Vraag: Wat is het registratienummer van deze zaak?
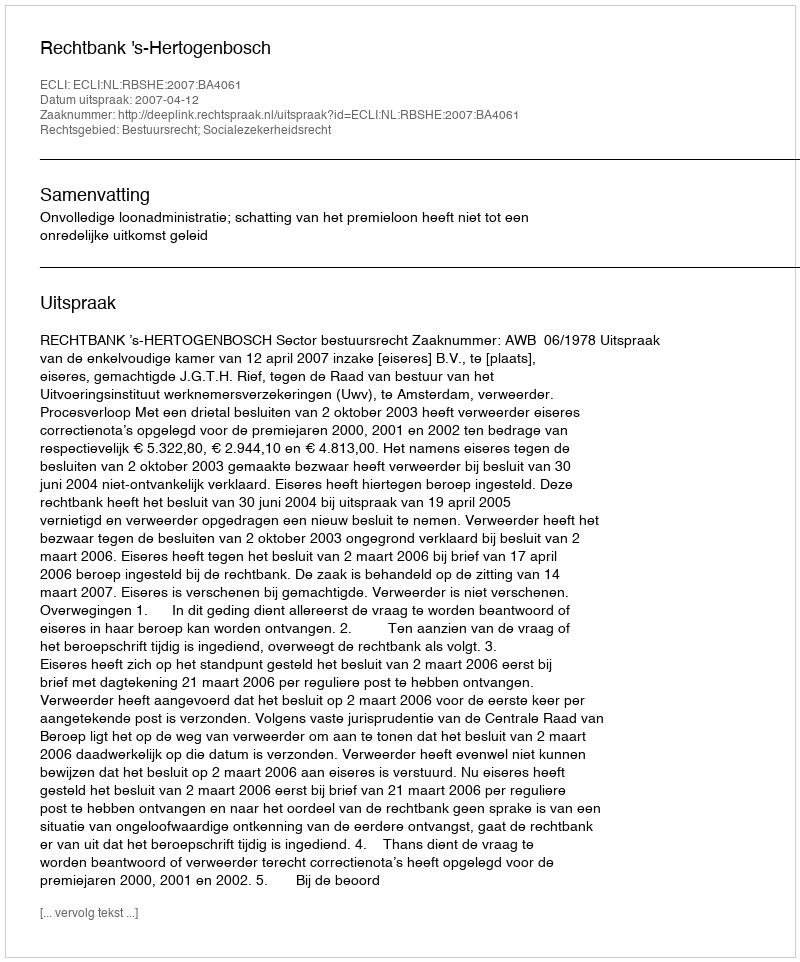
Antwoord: http://deeplink.rechtspraak.nl/uitspraak?id=ECLI:NL:RBSHE:2007:BA4061